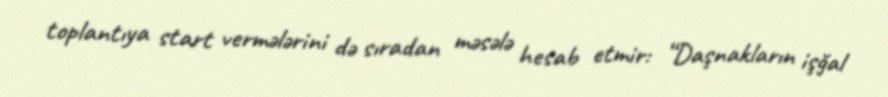
toplantıya start vermələrini də sıradan məsələ hesab etmir: “Daşnakların işğal